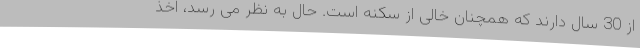
از 30 سال دارند که همچنان خالی از سکنه است. حال به نظر می رسد، اخذ